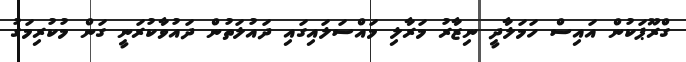
ގްރޫޕަކުން އައިސް ހަމަލާދީ ނިޒާރު މަރާލި މައްސަލައިގައި ދައުލަތުން ދައުވާކުރަނީ ގަން މުކުރިމަގު